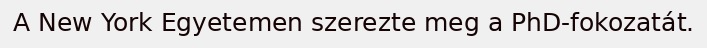
A New York Egyetemen szerezte meg a PhD-fokozatát.